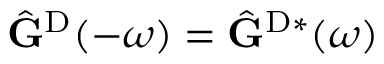
\hat { \mathbf { G } } ^ { \mathrm { D } } ( - \omega ) = \hat { \mathbf { G } } ^ { \mathrm { D } * } ( \omega )